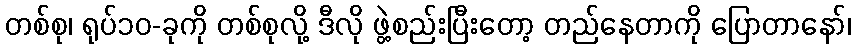
တစ်စု၊ ရုပ်၁၀-ခုကို တစ်စုလို့ ဒီလို ဖွဲ့စည်းပြီးတော့ တည်နေတာကို ပြောတာနော်၊